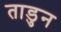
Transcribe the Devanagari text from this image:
ताडुन